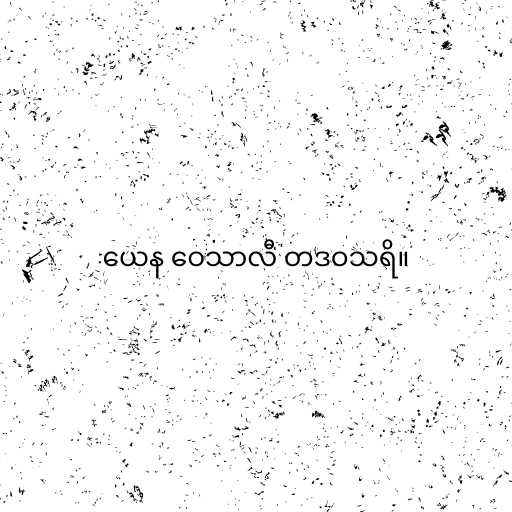
ယေန ဝေသာလီ တဒဝသရိ။